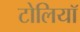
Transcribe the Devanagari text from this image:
टोलियॉ